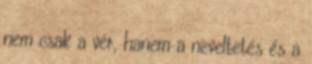
nem csak a vér, hanem a neveltetés és a